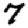
Digit: 7